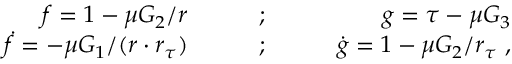
\begin{array} { r l r } { f = 1 - \mu G _ { 2 } / r \qquad } & { { } ; } & { \qquad g = \tau - \mu G _ { 3 } } \\ { \dot { f } = - \mu G _ { 1 } / ( r \cdot r _ { \tau } ) \qquad } & { { } ; } & { \qquad \dot { g } = 1 - \mu G _ { 2 } / r _ { \tau } \ , } \end{array}